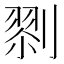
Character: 𠞨